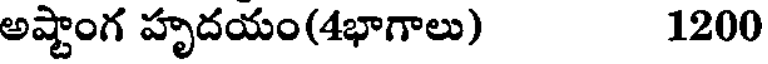
అష్టాంగ హృదయం(4భాగాలు) 1200